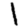
Digit: 1